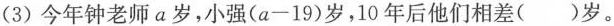
(3)今年钟老师a岁，小强(a-19)岁，10年后他们相差()岁。